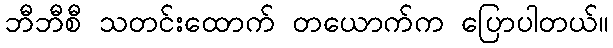
ဘီဘီစီ သတင်းထောက် တယောက်က ပြောပါတယ်။